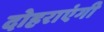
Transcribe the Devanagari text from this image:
दोहराएंगी